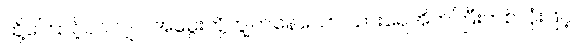
ထို့ကြောင့်ပင်လျှင် အမွေးတို့ကျွတ်နေသော သားရေအိတ်ကြီးတစ်လုံးဖြင့်